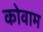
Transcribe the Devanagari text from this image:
कोवाम